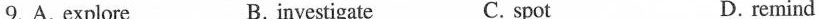
9. A. explore B. investigate C. spot D. remind